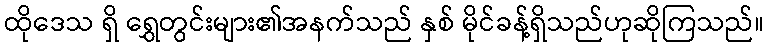
ထိုဒေသ ရှိ ရွှေတွင်းများ၏အနက်သည် နှစ် မိုင်ခန့်ရှိသည်ဟုဆိုကြသည်။